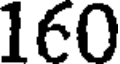
160